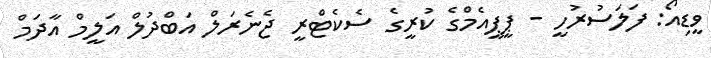
ވީޑިއޯ: ފަލަސުރުހީ - ޕީޕީއެމްގެ ކުރީގެ ސެކެޓްރީ ޖެނެރަލް އަބްދުލް އަލީމް އާދަމް